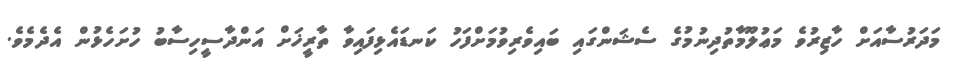
މަދަރުސާއަށް ހާޒިރުވެ މަޢުލޫމާތުދިނުމުގެ ސެޝަންގައި ބައިވެރިވުމަށްފަހު ކަނޑައެޅިފައިވާ ތާރީޚަށް އަންދާސީހިސާބު ހުށަހެޅުން އެދެމެވެ.